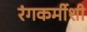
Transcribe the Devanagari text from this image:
रंगकर्मीशी